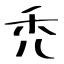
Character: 禿